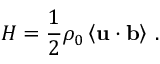
H = \frac { 1 } { 2 } \rho _ { 0 } \left\langle { \bf u } \cdot { \bf b } \right\rangle \, .